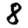
Digit: 8